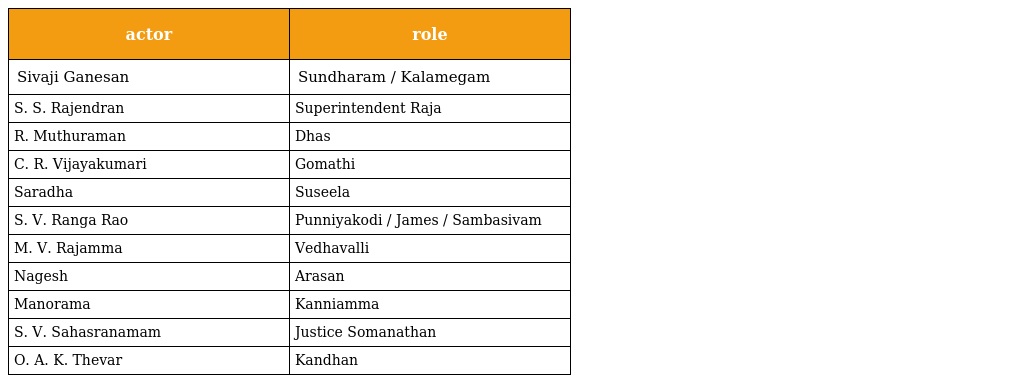
| actor | role |
 | --- | --- |
 | Sivaji Ganesan | Sundharam / Kalamegam |
 | S. S. Rajendran | Superintendent Raja |
 | R. Muthuraman | Dhas |
 | C. R. Vijayakumari | Gomathi |
 | Saradha | Suseela |
 | S. V. Ranga Rao | Punniyakodi / James / Sambasivam |
 | M. V. Rajamma | Vedhavalli |
 | Nagesh | Arasan |
 | Manorama | Kanniamma |
 | S. V. Sahasranamam | Justice Somanathan |
 | O. A. K. Thevar | Kandhan |